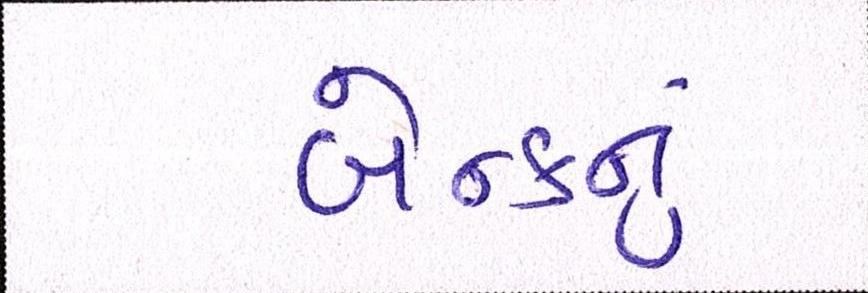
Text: બેન્કનું